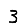
Digit: 3